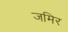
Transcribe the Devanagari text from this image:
जमिर